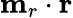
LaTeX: \mathbf{m}_{r}\cdot\mathbf{r}